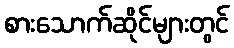
စားသောက်ဆိုင်များတွင်